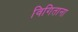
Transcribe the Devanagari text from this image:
विगिताना